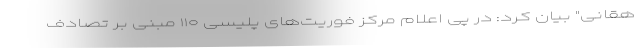
هقانی" بیان کرد: در پی اعلام مرکز فوریت‌های پلیسی ۱۱۰ مبنی بر تصادف